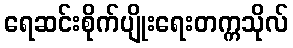
ရေဆင်းစိုက်ပျိုးရေးတက္ကသိုလ်